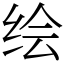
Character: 绘